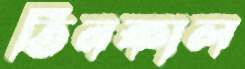
তিনকাল